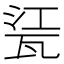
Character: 𤭊